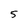
Character: 5